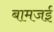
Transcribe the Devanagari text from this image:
बामजई